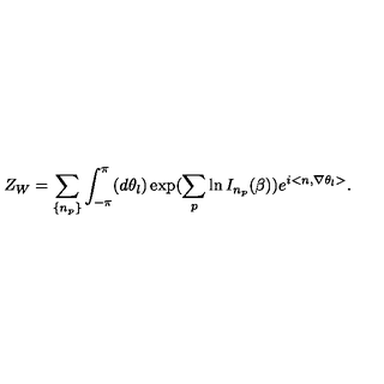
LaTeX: Z _ { W } = \sum _ { \left\{ n _ { p } \right\} } \int _ { - \pi } ^ { \pi } ( d \theta _ { l } ) \exp ( \sum _ { p } \ln I _ { n _ { p } } ( \beta ) ) e ^ { i < n , \nabla \theta _ { l } > } .